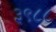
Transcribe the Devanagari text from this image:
३९८८